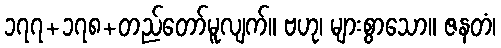
၁၇၇+၁၇၈+တည်တော်မူလျက်။ ဗဟု၊ များစွာသော။ ဇနတံ၊